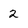
Character: 2